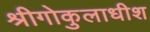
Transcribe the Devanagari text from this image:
श्रीगोकुलाधीश